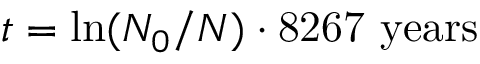
t = \ln ( N _ { 0 } / N ) \cdot { \mathrm { 8 2 6 7 ~ y e a r s } }